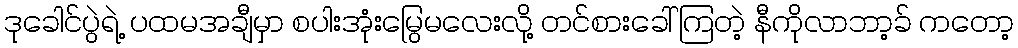
ဒုခေါင်ပွဲရဲ့ ပထမအချီမှာ စပါးအုံးမြွေမလေးလို့ တင်စားခေါ်ကြတဲ့ နီကိုလာဘာ့ခ် ကတော့